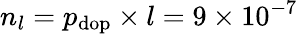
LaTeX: n_{l}=p_{\mathrm{dop}}\times l=9\times 10^{-7}